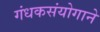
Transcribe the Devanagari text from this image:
गंधकसंयोगाने